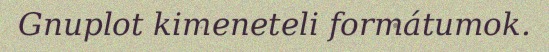
Gnuplot kimeneteli formátumok.